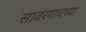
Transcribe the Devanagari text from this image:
सावरगावच्या